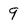
Character: 9